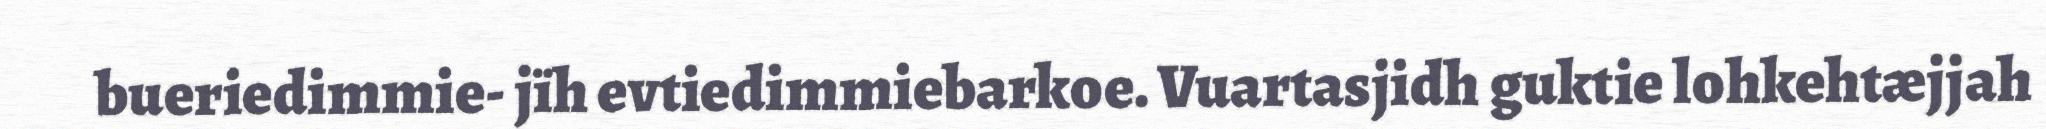
bueriedimmie- jïh evtiedimmiebarkoe. Vuartasjidh guktie lohkehtæjjah